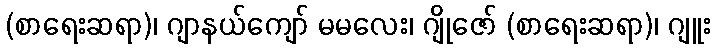
(စာရေးဆရာ)၊ ဂျာနယ်ကျော် မမလေး၊ ဂျိုဇော် (စာရေးဆရာ)၊ ဂျူး